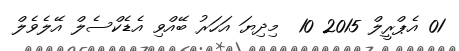
01 އެޕްރީލް 2015 10  މިދިޔަ އަހަރު ބޭއްވި އެޑެކްސެލް އޭލެވެލް